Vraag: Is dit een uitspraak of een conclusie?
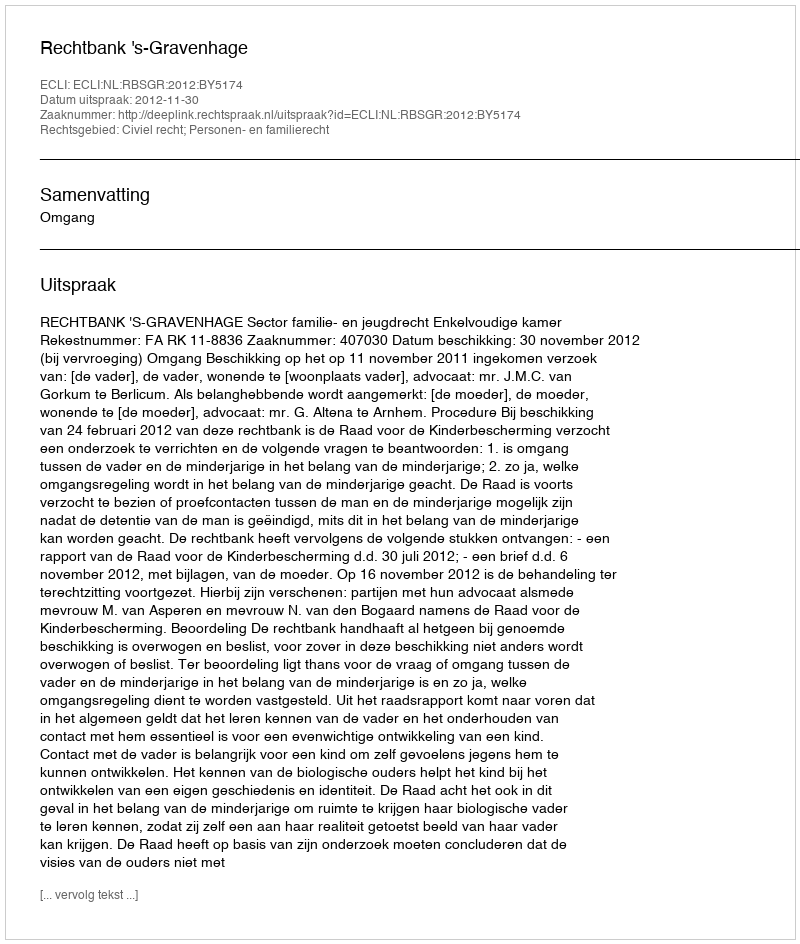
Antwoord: Uitspraak